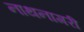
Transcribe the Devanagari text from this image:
नाथनागरी